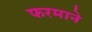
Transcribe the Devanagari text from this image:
फरमाने